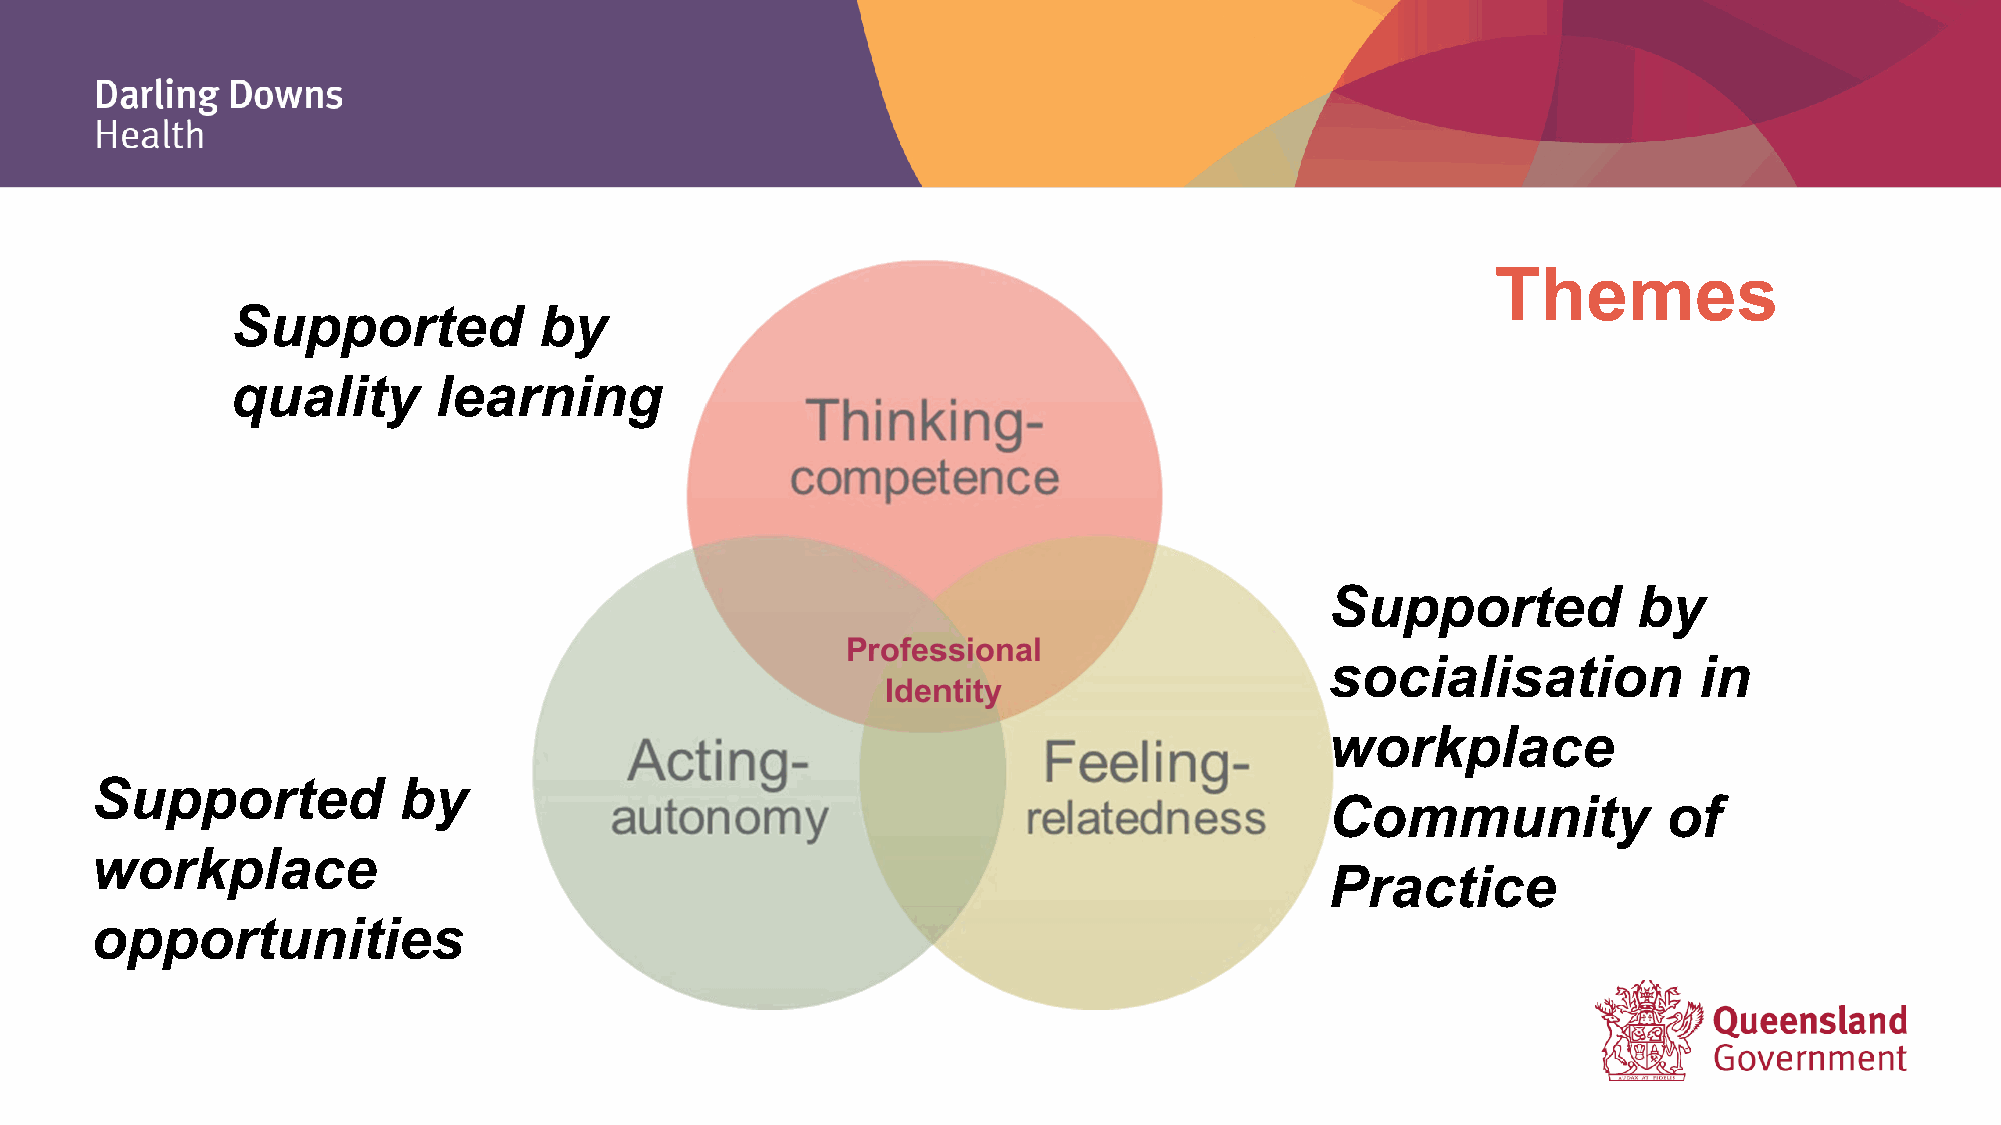
Themes
 Supported            by
 quality       learning
 Supported           by
 socialisation           in
 workplace
 Supported           by
 Community             of
 workplace
 Practice
 opportunities